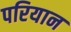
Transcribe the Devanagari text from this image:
परियान